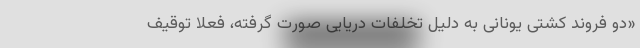
«دو فروند کشتی یونانی به دلیل تخلفات دریایی صورت گرفته، فعلا توقیف